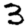
Digit: 3